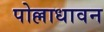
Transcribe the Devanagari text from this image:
पोल्लाधावन